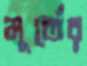
মূর্তের